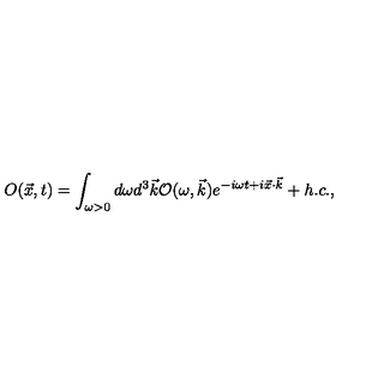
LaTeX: O ( \vec { x } , t ) = \int _ { \omega > 0 } { d \omega d ^ { 3 } \vec { k } { \cal { O } } ( \omega , \vec { k } ) e ^ { - i \omega t + i \vec { x } \cdot \vec { k } } + h . c . } ,